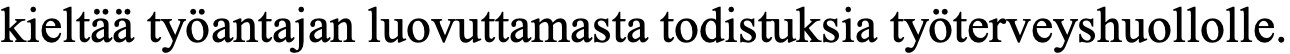
kieltää työantajan luovuttamasta todistuksia työterveyshuollolle.